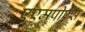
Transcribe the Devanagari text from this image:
एएमपीएस